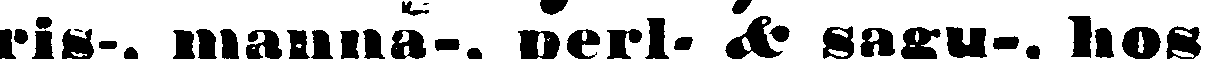
ris-, magnia-, perl- & sagu-, hos